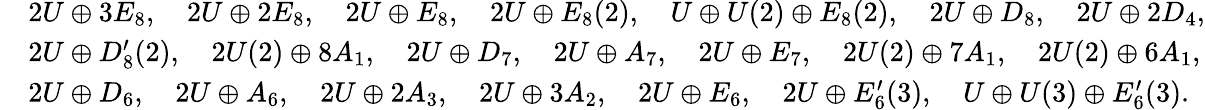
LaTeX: \begin{array}{rl}&{2U\oplus 3E_{8},\quad 2U\oplus 2E_{8},\quad 2U\oplus E_{8},\quad 2U\oplus E_{8}(2),\quad U\oplus U(2)\oplus E_{8}(2),\quad 2U\oplus D_{8},\quad 2U\oplus 2D_{4},}\\ &{2U\oplus D_{8}^{\prime}(2),\quad 2U(2)\oplus 8A_{1},\quad 2U\oplus D_{7},\quad 2U\oplus A_{7},\quad 2U\oplus E_{7},\quad 2U(2)\oplus 7A_{1},\quad 2U(2)\oplus 6A_{1},}\\ &{2U\oplus D_{6},\quad 2U\oplus A_{6},\quad 2U\oplus 2A_{3},\quad 2U\oplus 3A_{2},\quad 2U\oplus E_{6},\quad 2U\oplus E_{6}^{\prime}(3),\quad U\oplus U(3)\oplus E_{6}^{\prime}(3).}\end{array}